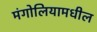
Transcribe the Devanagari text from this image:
मंगोलियामधील